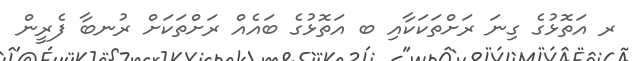
ރ އަތޮޅުގެ ގިނަ ރަށްތަކަކާއި ބ އަތޮޅުގެ ބައެއް ރަށްތަކަށް ރުނބާ ފެރީން